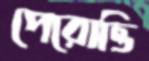
পেরোত্তি